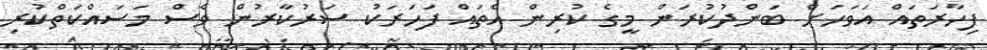
ފިހާރަތައް އަވަހަށް ބަންދުކުރަން މީގެ ކުރިން އެތައް ފަހަރަކު ސަރުކާރުން ވެސް މަސައްކަތްކުރި